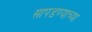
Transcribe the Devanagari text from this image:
सापडण्याच्या